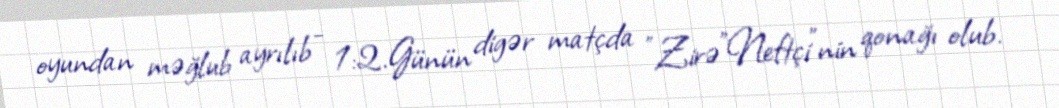
oyundan məğlub ayrılıb - 1:2.Günün digər matçda "Zirə"Neftçi"nin qonağı olub.